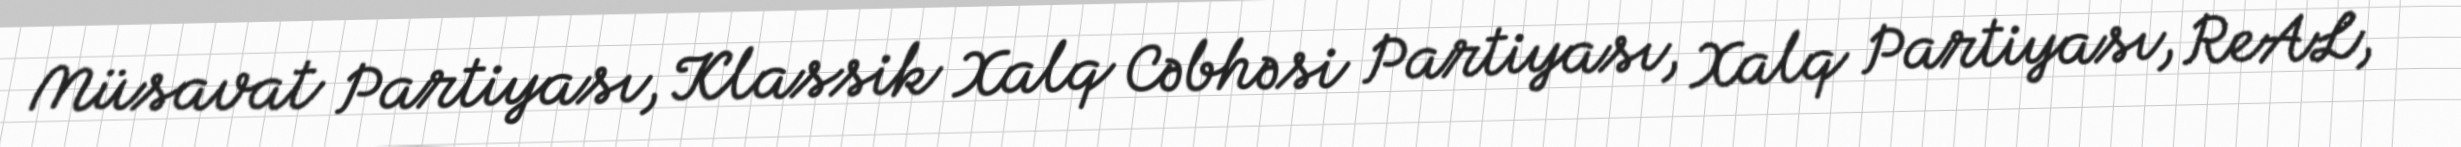
Müsavat Partiyası, Klassik Xalq Cəbhəsi Partiyası, Xalq Partiyası, ReAL,